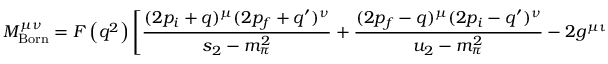
{ \cal M } _ { \mathrm { B o r n } } ^ { \mu \nu } = F \left( q ^ { 2 } \right) \left[ \frac { ( 2 p _ { i } + q ) ^ { \mu } ( 2 p _ { f } + q ^ { \prime } ) ^ { \nu } } { s _ { 2 } - m _ { \pi } ^ { 2 } } + \frac { ( 2 p _ { f } - q ) ^ { \mu } ( 2 p _ { i } - q ^ { \prime } ) ^ { \nu } } { u _ { 2 } - m _ { \pi } ^ { 2 } } - 2 g ^ { \mu \nu } \right] ,